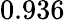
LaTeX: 0.936